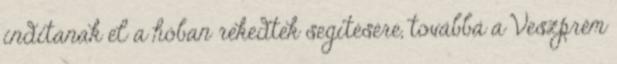
indítanak el a hóban rekedtek segítésére, továbbá a Veszprém